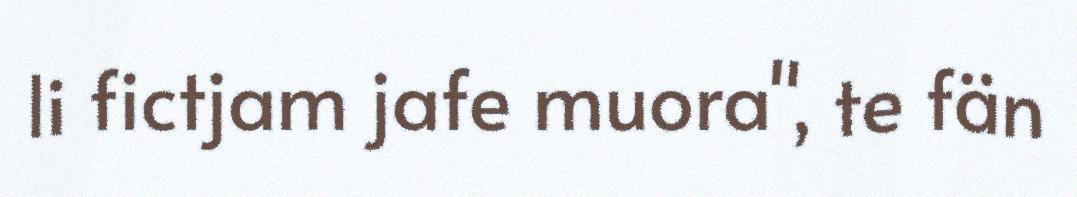
li fictjam jafe muora", te fän